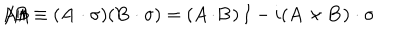
{ \not \! \! A } { \not \! \! B } \equiv ( { \bf A \cdot \sigma } ) ( { \bf B \cdot \sigma } ) = ( { \bf A } \! \cdot \! { \bf B } ) \, I - i ( { \bf A \times B ) \cdot \sigma }